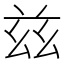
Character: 兹